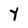
Character: Y